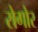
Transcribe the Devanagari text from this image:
रोगोर